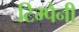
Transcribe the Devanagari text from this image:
टिम्पैनी